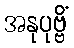
အနုပုဗ္ဗိံ